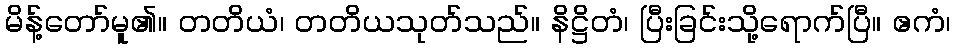
မိန့်တော်မူ၏။ တတိယံ၊ တတိယသုတ်သည်။ နိဋ္ဌိတံ၊ ပြီးခြင်းသို့ရောက်ပြီ။ ဧကံ၊